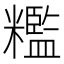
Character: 糮